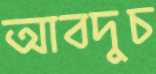
আবদুচ